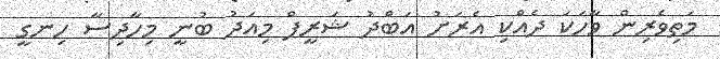
މަތިވެރިން ވާހަކަ ދެއްކި އެރަށު އަބްދު ޝަރީފް މިއަދު ބުނީ މިހާދިސާ ހިނގީ